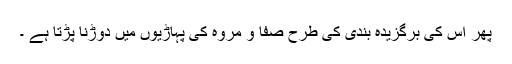
پھر اس کی برگزیدہ بندی کی طرح صفا و مروہ کی پہاڑیوں میں دوڑنا پڑتا ہے ۔